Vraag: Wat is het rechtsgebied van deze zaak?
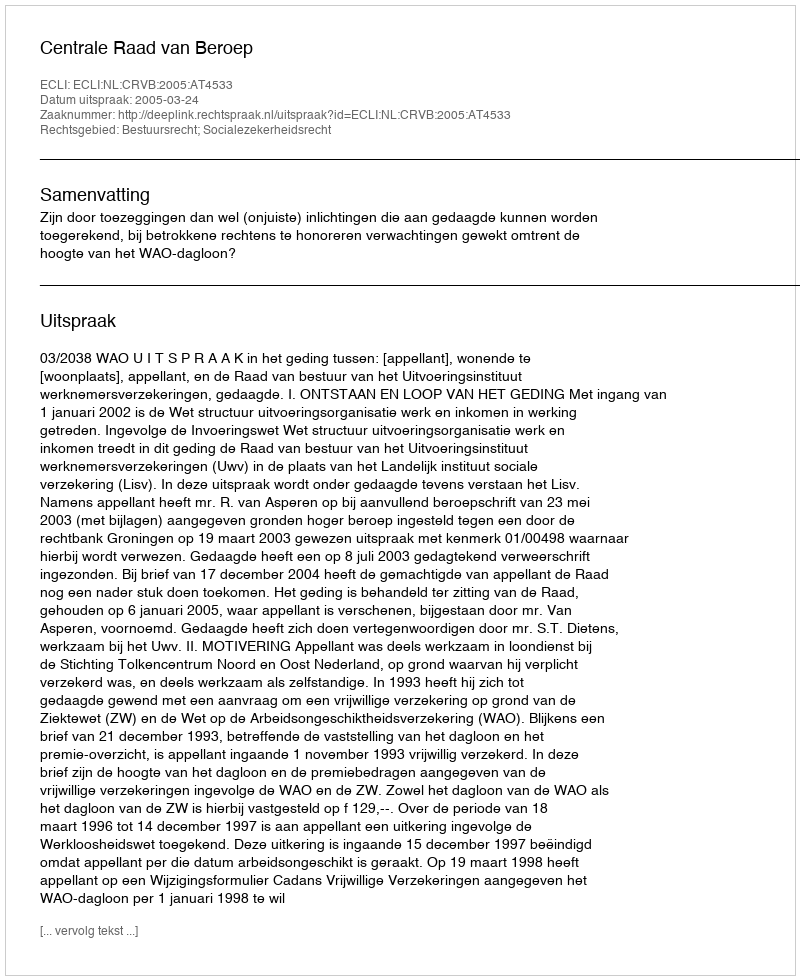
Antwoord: Bestuursrecht; Socialezekerheidsrecht